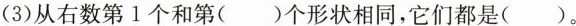
(3)从右数第1个和第（）个形状相同，它们都是（）。